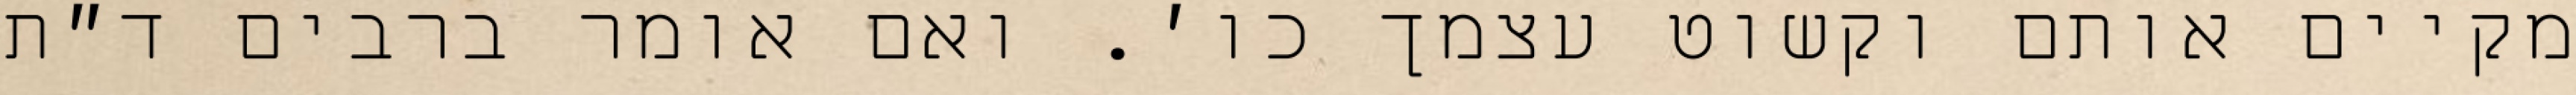
מקיים אותם וקשוט עצמך כו׳. ואם אומר ברבים ד״ת